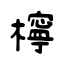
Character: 檸